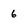
Character: 6